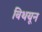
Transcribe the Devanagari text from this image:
बिथयून